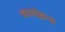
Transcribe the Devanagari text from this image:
कामोइन्स